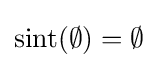
\operatorname {sint} (\emptyset )=\emptyset